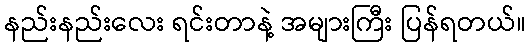
နည်းနည်းလေး ရင်းတာနဲ့ အများကြီး ပြန်ရတယ်။